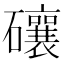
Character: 𥗝